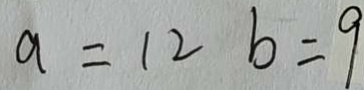
a = 1 2 b = 9